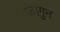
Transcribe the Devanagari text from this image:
जागुन